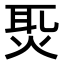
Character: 𤈨